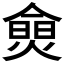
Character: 𰟗